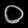
Digit: ၀